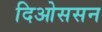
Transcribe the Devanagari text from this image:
दिओससन